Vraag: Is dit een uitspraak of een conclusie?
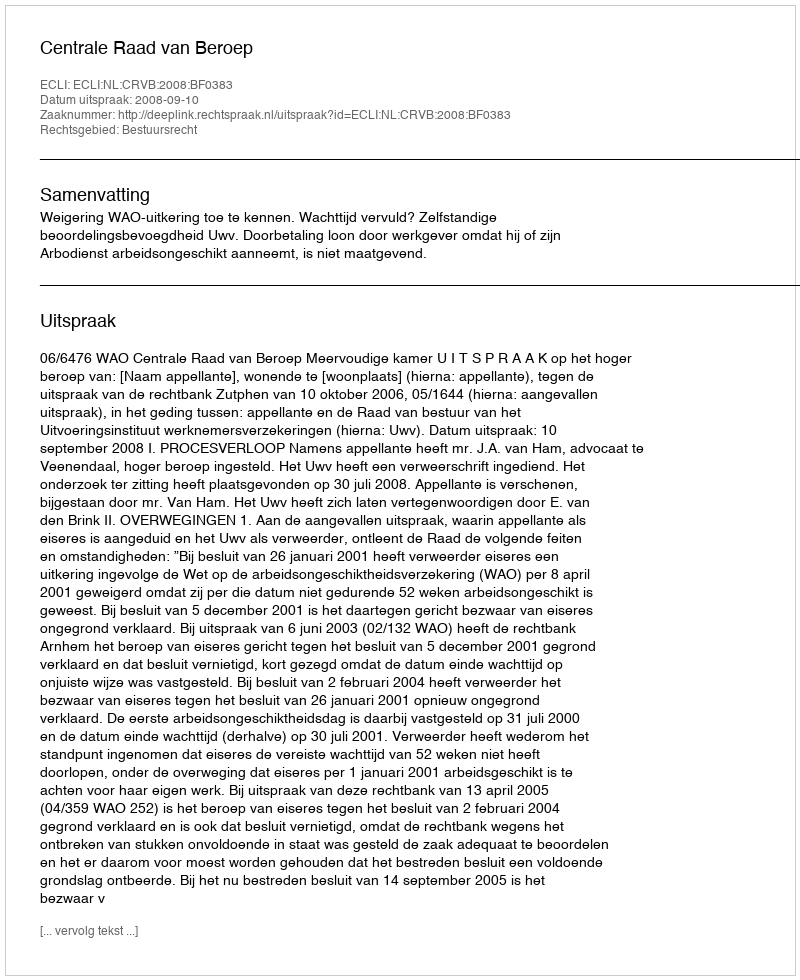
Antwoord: Uitspraak